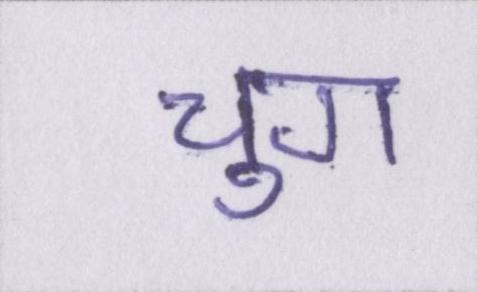
चुग